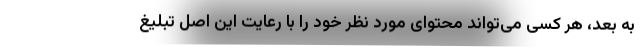
به بعد، هر کسی می‌تواند محتوای مورد نظر خود را با رعایت این اصل تبلیغ